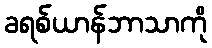
ခရစ်ယာန်ဘာသာကို